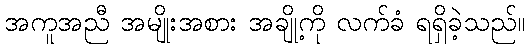
အကူအညီ အမျိုးအစား အချို့ကို လက်ခံ ရရှိခဲ့သည်။